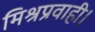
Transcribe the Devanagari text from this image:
मिश्रप्रवाही।